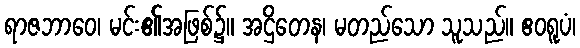
ရာဇဘာဝေ၊ မင်း၏အဖြစ်၌။ အဌိတေန၊ မတည်သော သူသည်။ ဧဝရူပံ၊